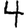
Digit: 4